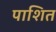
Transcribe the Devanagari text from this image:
पाशित